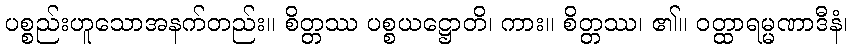
ပစ္စည်းဟူသောအနက်တည်း။ စိတ္တဿ ပစ္စယဋ္ဌောတိ၊ ကား။ စိတ္တဿ၊ ၏။ ဝတ္ထာရမ္မဏာဒီနံ၊